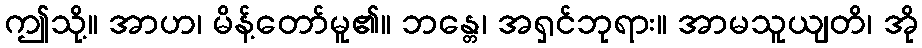
ဤသို့။ အာဟ၊ မိန့်တော်မူ၏။ ဘန္တေ၊ အရှင်ဘုရား။ အာမသူယျတိ၊ အို